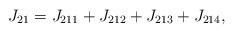
LaTeX: \begin{align*}J_{21} = J_{211} + J_{212} + J_{213} + J_{214},\end{align*}